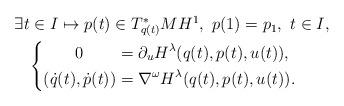
LaTeX: \begin{align*}\begin{aligned}\exists t\in I\mapsto p(t)\in T^*_{q(t)}M H^1,\ p(1)=p_1,\ t\in I,\\\left\lbrace\begin{aligned}0\ \ \ \quad&=\partial_u H^\lambda(q(t),p(t),u(t)),\\(\dot{q}(t),\dot{p}(t))&=\nabla^\omega H^\lambda(q(t),p(t),u(t)).\end{aligned}\right.\qquad\end{aligned}\end{align*}